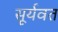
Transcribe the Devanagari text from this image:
सूर्यवत